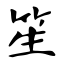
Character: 笙